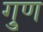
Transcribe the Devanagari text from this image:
गु्ण